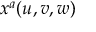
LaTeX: x ^ { a } ( u , v , w )